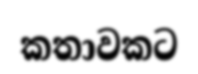
කතාවකට